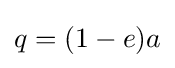
{\textstyle q=(1-e)a}